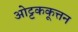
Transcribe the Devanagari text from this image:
ओट्टककूत्तन